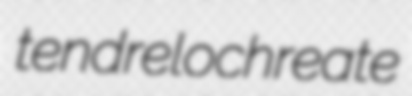
tendrel ochreate